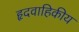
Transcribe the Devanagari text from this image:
हृदवाहिकीय